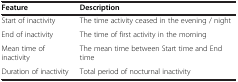
<table><thead><tr><td><b>Feature</b></td><td><b>Description</b></td></tr></thead><tbody><tr><td>Start of inactivity</td><td>The time activity ceased in the evening / night</td></tr><tr><td>End of inactivity</td><td>The time of first activity in the morning</td></tr><tr><td>Mean time of inactivity</td><td>The mean time between Start time and End time</td></tr><tr><td>Duration of inactivity</td><td>Total period of nocturnal inactivity</td></tr></tbody></table>